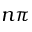
n \pi